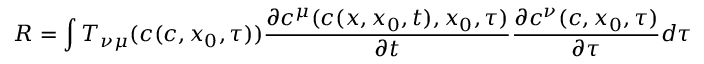
R = \int T _ { \nu \mu } ( c ( c , x _ { 0 } , \tau ) ) \frac { \partial c ^ { \mu } ( c ( x , x _ { 0 } , t ) , x _ { 0 } , \tau ) } { \partial t } \frac { \partial c ^ { \nu } ( c , x _ { 0 } , \tau ) } { \partial \tau } d \tau